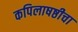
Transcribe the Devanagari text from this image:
कपिलाषष्ठीचा